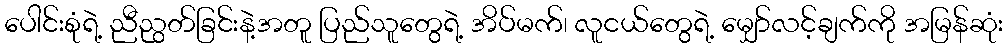
ပေါင်းစုံရဲ့ ညီညွတ်ခြင်းနဲ့အတူ ပြည်သူတွေရဲ့ အိပ်မက်၊ လူငယ်တွေရဲ့ မျှော်လင့်ချက်ကို အမြန်ဆုံး